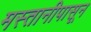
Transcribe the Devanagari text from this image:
मस्तानीपासून